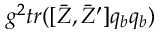
g ^ { 2 } t r ( [ \bar { Z } , \bar { Z } ^ { \prime } ] q _ { b } q _ { b } )